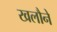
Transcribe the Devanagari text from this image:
खलौने